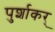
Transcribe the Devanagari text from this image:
पुर्शाकर्